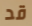
قد